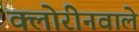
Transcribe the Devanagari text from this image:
क्लोरीनवाले